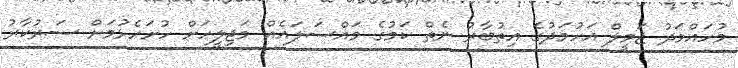
މުހައްމަދު ޖަމީލް އަހުމަދުގެ އިތުބާރު ނެތް ކަމުގެ މައްސަލައެއް މަޖިލީހަށް ހުށަހެޅުމަށް ސަރުކާރު